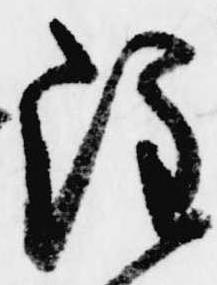
注